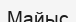
Майыс